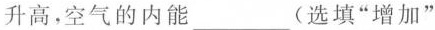
升高，空气的内能___(选填”增加”